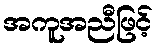
အကူအညီဖြင့်